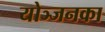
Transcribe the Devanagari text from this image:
योञ्जनका